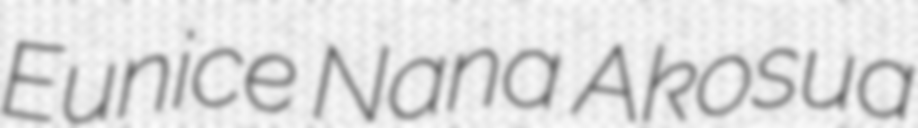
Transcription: Eunice Nana Akosua